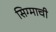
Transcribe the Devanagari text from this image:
सिग्माची